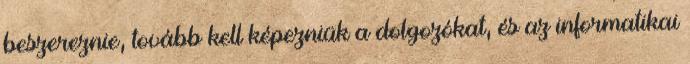
beszereznie, tovább kell képezniük a dolgozókat, és az informatikai